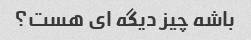
باشه چیز دیگه ای هست؟